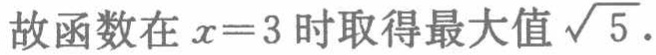
故函数在 \(x = 3\) 时取得最大值 \(\sqrt{5}\).